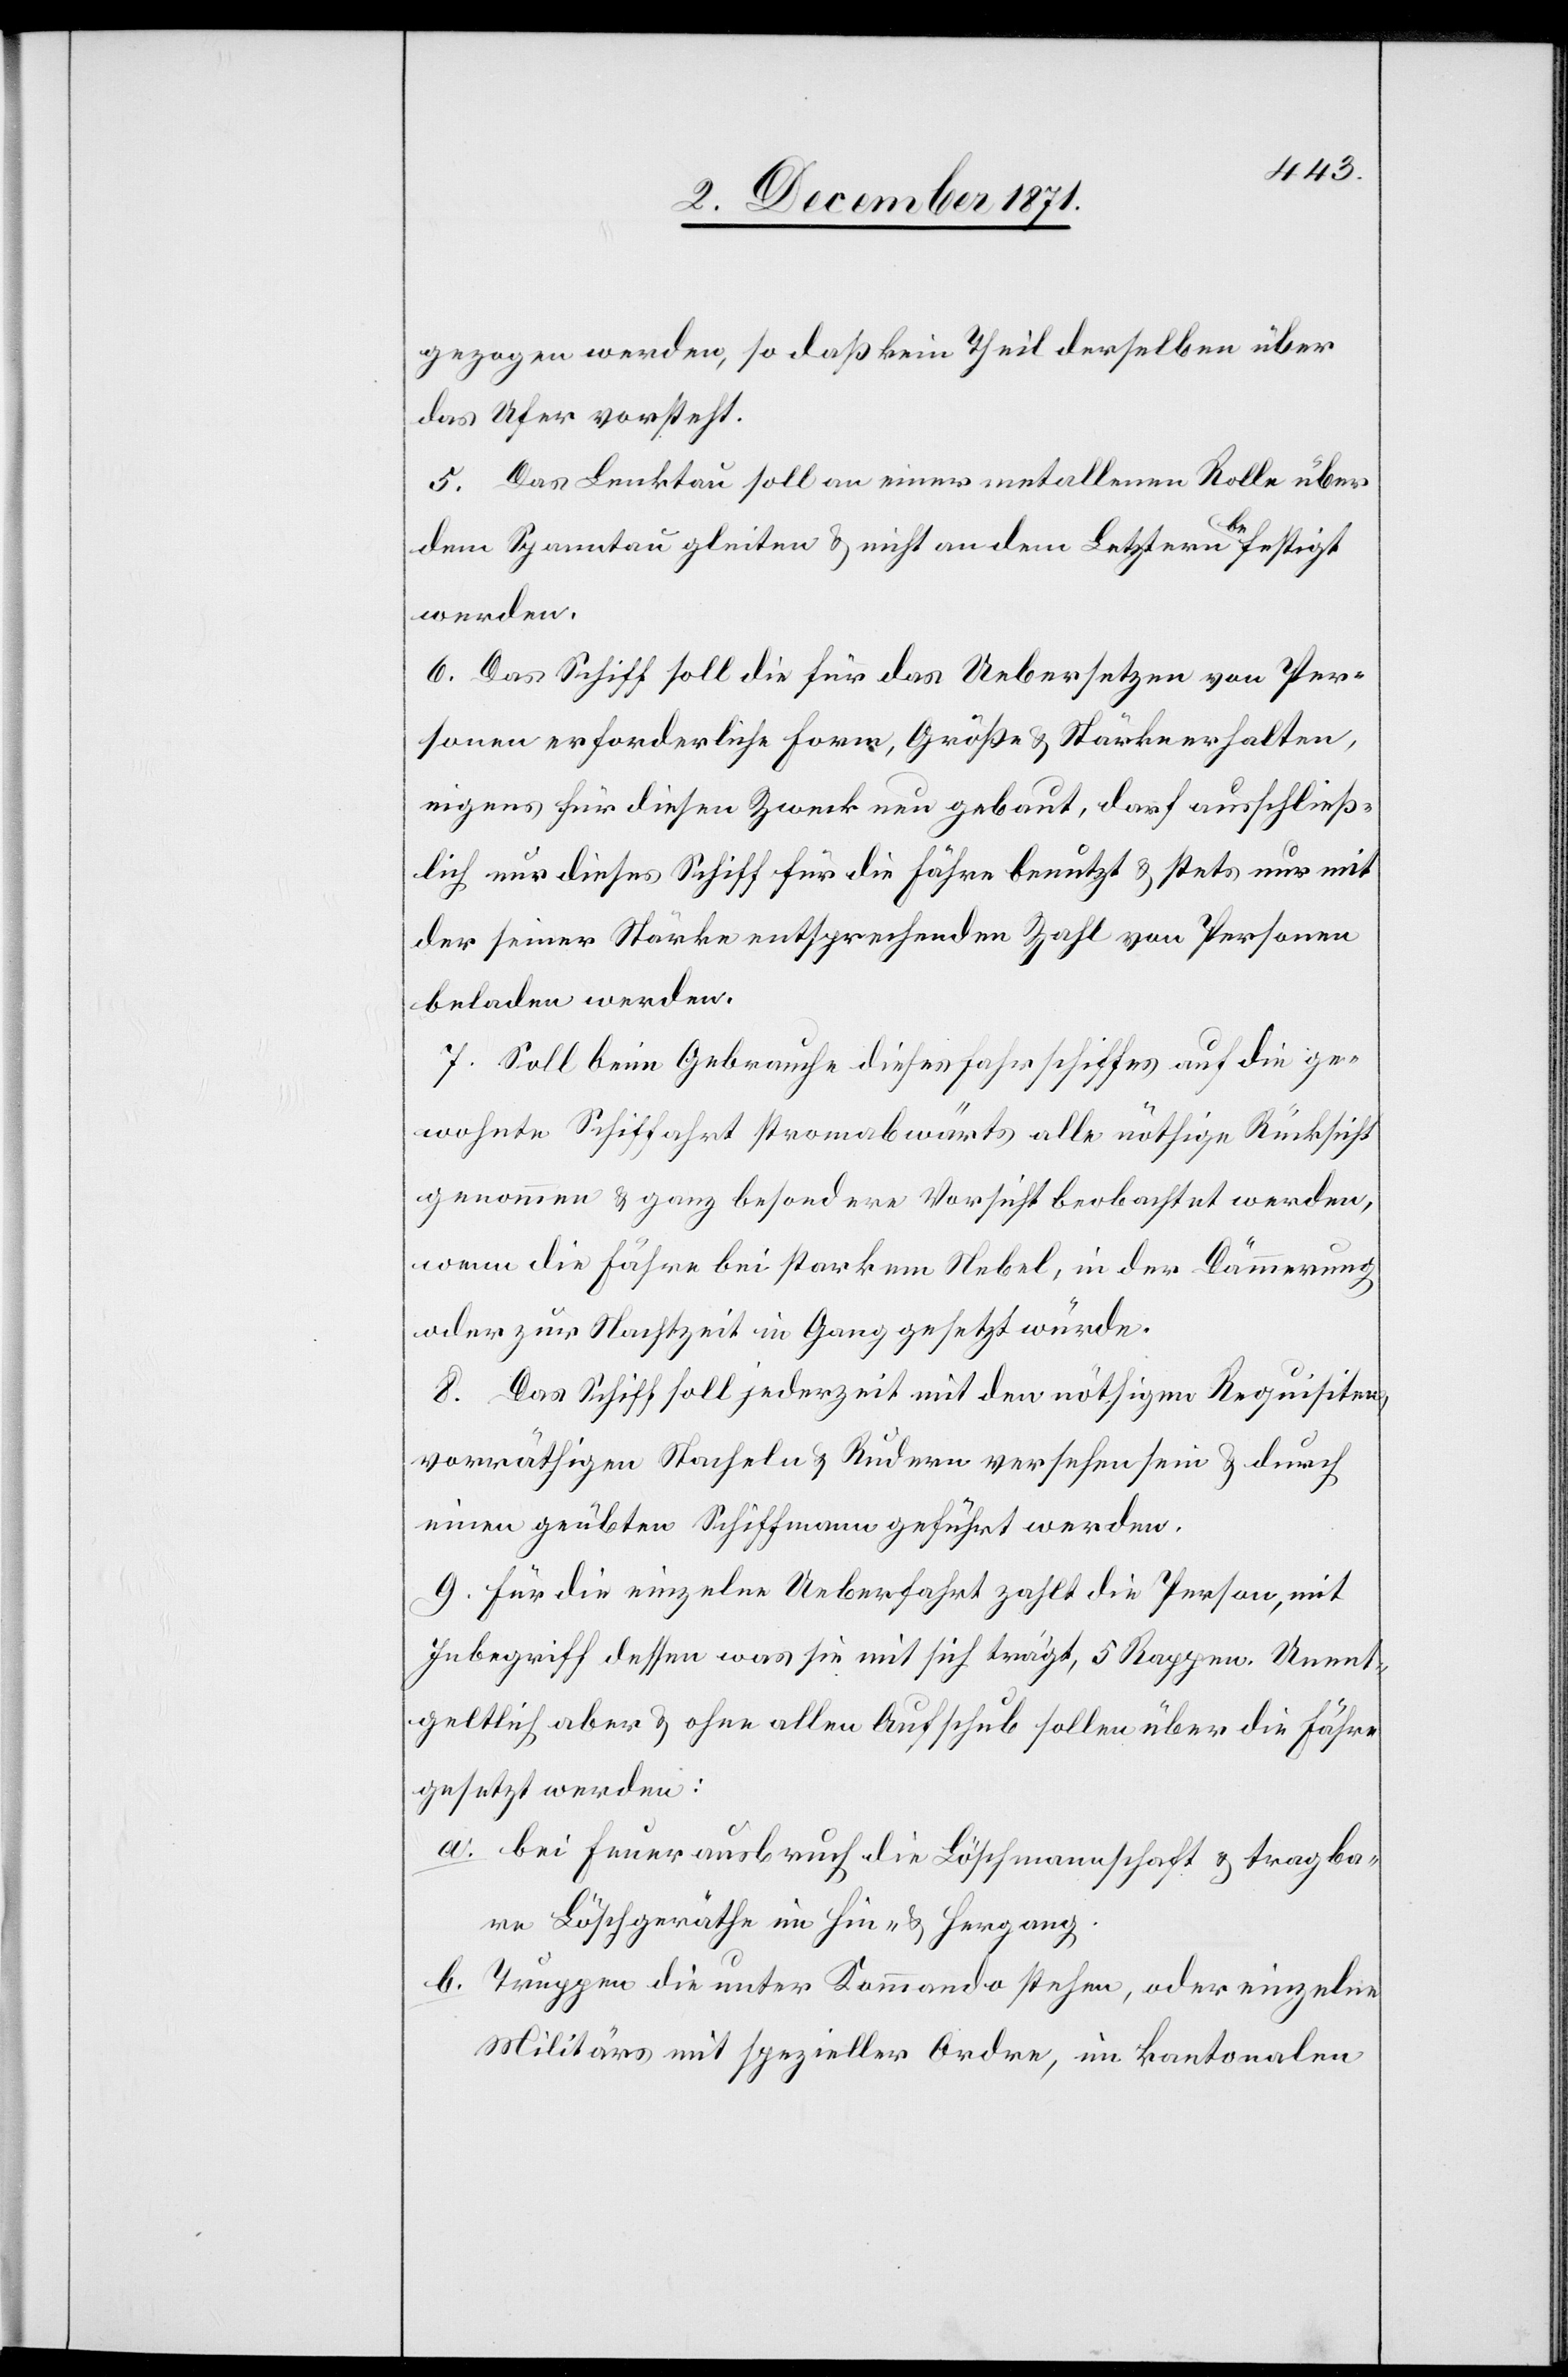
gezogen werden, so daß kein Theil derselben über
das Ufer vorsteht.
5. Das Lenktau soll an einer metallenen Rolle über
dem Spanntau gleiten & nicht an dem Letztern befestigt
werden.
6. Das Schiff soll die für das Uebersetzen von Per¬
sonen erforderliche Form, Größe & Stärke erhalten,
eigens für diesen Zweck neu gebaut, darf ausschließ¬
lich nur dieses Schiff für die Fähre benutzt & stets nur mit
der seiner Stärke entsprechenden Zahl von Personen
beladen werden.
7. Soll beim Gebrauche dieses Fährschiffes auf die ge¬
wohnte Schiffahrt stromabwärts alle nöthige Rücksicht
genommen & ganz besondere Vorsicht beobachtet werden,
wenn die Fähre bei starkem Nebel, in der Dämmerung
oder zur Nachtzeit in Gang gesetzt würde.
8. Das Schiff soll jederzeit mit den nöthigen Requisiten,
vorräthigen Stacheln & Rudern versehen sein & durch
einen geübten Schiffmann geführt werden.
9. Für die einzelne Ueberfahrt zahlt die Person, mit
Inbegriff dessen was sie mit sich trägt, 5 Rappen. Unent¬
geltlich aber & ohne allen Aufschub sollen über die Fähre
gesetzt werden:
a. bei Feuerausbruch die Löschmannschaft & tragba¬
re Löschgeräthe im Hin- & Hergang.
b. Truppen die unter Kommando stehen, oder einzelne
Militärs mit spezieller Order, im kantonalen